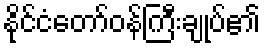
နိုင်ငံတော်ဝန်ကြီးချုပ်၏